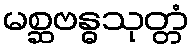
မစ္ဆဗန္ဓသုတ္တံ